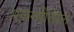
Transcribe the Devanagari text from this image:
एजन्सींतील